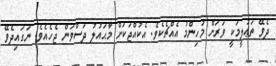
ދެވޭ ތަޢުލީމަކީ ވަރަށް މުހިންމު އެއްޗެކެވެ. އެކުއްޖަކަށް މާޙައުލު ދަސްވަން ޖެހެއެވެ. ނަގައިދެވޭ